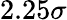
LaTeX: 2.25\sigma